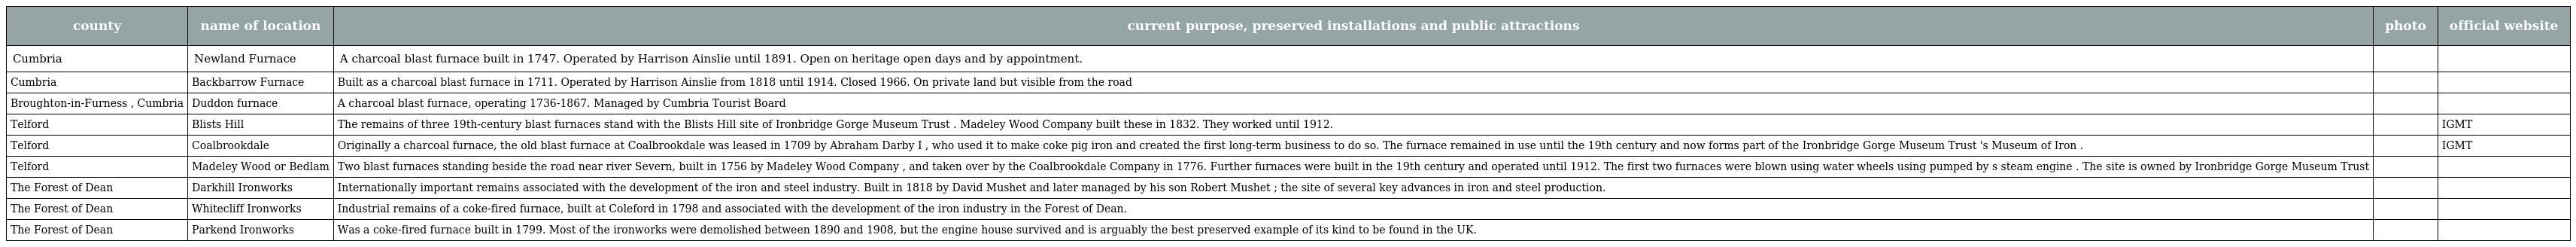
| county | name of location | current purpose, preserved installations and public attractions | photo | official website |
 | --- | --- | --- | --- | --- |
 | Cumbria | Newland Furnace | A charcoal blast furnace built in 1747. Operated by Harrison Ainslie until 1891. Open on heritage open days and by appointment. |  |  |
 | Cumbria | Backbarrow Furnace | Built as a charcoal blast furnace in 1711. Operated by Harrison Ainslie from 1818 until 1914. Closed 1966. On private land but visible from the road |  |  |
 | Broughton-in-Furness , Cumbria | Duddon furnace | A charcoal blast furnace, operating 1736-1867. Managed by Cumbria Tourist Board |  |  |
 | Telford | Blists Hill | The remains of three 19th-century blast furnaces stand with the Blists Hill site of Ironbridge Gorge Museum Trust . Madeley Wood Company built these in 1832. They worked until 1912. |  | IGMT |
 | Telford | Coalbrookdale | Originally a charcoal furnace, the old blast furnace at Coalbrookdale was leased in 1709 by Abraham Darby I , who used it to make coke pig iron and created the first long-term business to do so. The furnace remained in use until the 19th century and now forms part of the Ironbridge Gorge Museum Trust 's Museum of Iron . |  | IGMT |
 | Telford | Madeley Wood or Bedlam | Two blast furnaces standing beside the road near river Severn, built in 1756 by Madeley Wood Company , and taken over by the Coalbrookdale Company in 1776. Further furnaces were built in the 19th century and operated until 1912. The first two furnaces were blown using water wheels using pumped by s steam engine . The site is owned by Ironbridge Gorge Museum Trust |  |  |
 | The Forest of Dean | Darkhill Ironworks | Internationally important remains associated with the development of the iron and steel industry. Built in 1818 by David Mushet and later managed by his son Robert Mushet ; the site of several key advances in iron and steel production. |  |  |
 | The Forest of Dean | Whitecliff Ironworks | Industrial remains of a coke-fired furnace, built at Coleford in 1798 and associated with the development of the iron industry in the Forest of Dean. |  |  |
 | The Forest of Dean | Parkend Ironworks | Was a coke-fired furnace built in 1799. Most of the ironworks were demolished between 1890 and 1908, but the engine house survived and is arguably the best preserved example of its kind to be found in the UK. |  |  |